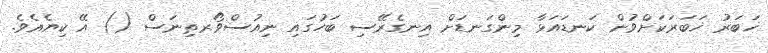
ޚަބަރު ޚަބަރަކަށްވުން ކަނޑައަޅާ މިންގަނޑަށް އިނގެރޭސި ބަހުގައި ނިއުސްވޯރތިނަސް () އޭ ކިޔެއެވެ.